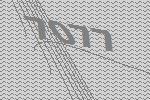
7077